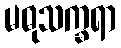
မဓုသက္ခရာ